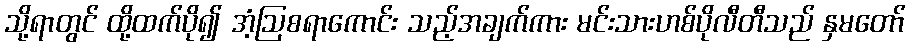
သို့ရာတွင် ထို့ထက်ပို၍ အံ့ဩစရာကောင်း သည့်အချက်ကား မင်းသားဟစ်ပိုလီတီသည် နှမတော်